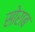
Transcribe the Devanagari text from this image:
सोराब